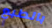
بالطبع